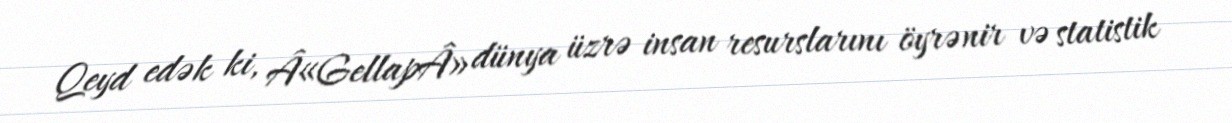
Qeyd edək ki, Â«GellapÂ» dünya üzrə insan resurslarını öyrənir və statistik